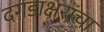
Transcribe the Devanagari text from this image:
दगडाक्षरांचा